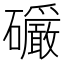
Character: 𪿿